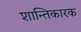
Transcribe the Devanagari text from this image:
शान्तिकारक